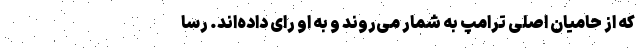
که از حامیان اصلی ترامپ به شمار می‌روند و به او رای داده‌اند. رسا